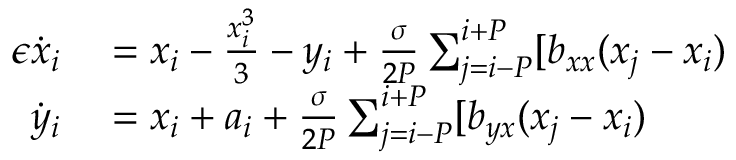
\begin{array} { r l } { \epsilon \dot { x } _ { i } } & { { } = x _ { i } - \frac { x _ { i } ^ { 3 } } { 3 } - y _ { i } + \frac { \sigma } { 2 P } \sum _ { j = i - P } ^ { i + P } [ b _ { x x } ( x _ { j } - x _ { i } ) } \\ { \dot { y } _ { i } } & { { } = x _ { i } + a _ { i } + \frac { \sigma } { 2 P } \sum _ { j = i - P } ^ { i + P } [ b _ { y x } ( x _ { j } - x _ { i } ) } \end{array}